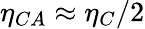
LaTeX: \eta_{CA}\approx\eta_{C}/2